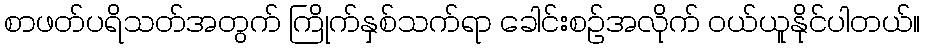
စာဖတ်ပရိသတ်အတွက် ကြိုက်နှစ်သက်ရာ ခေါင်းစဉ်အလိုက် ဝယ်ယူနိုင်ပါတယ်။